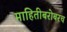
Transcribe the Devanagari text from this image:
माहितीबरोबरच